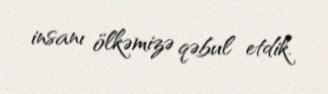
insanı ölkəmizə qəbul etdik.